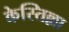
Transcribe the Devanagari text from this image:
केस्तिल्ला